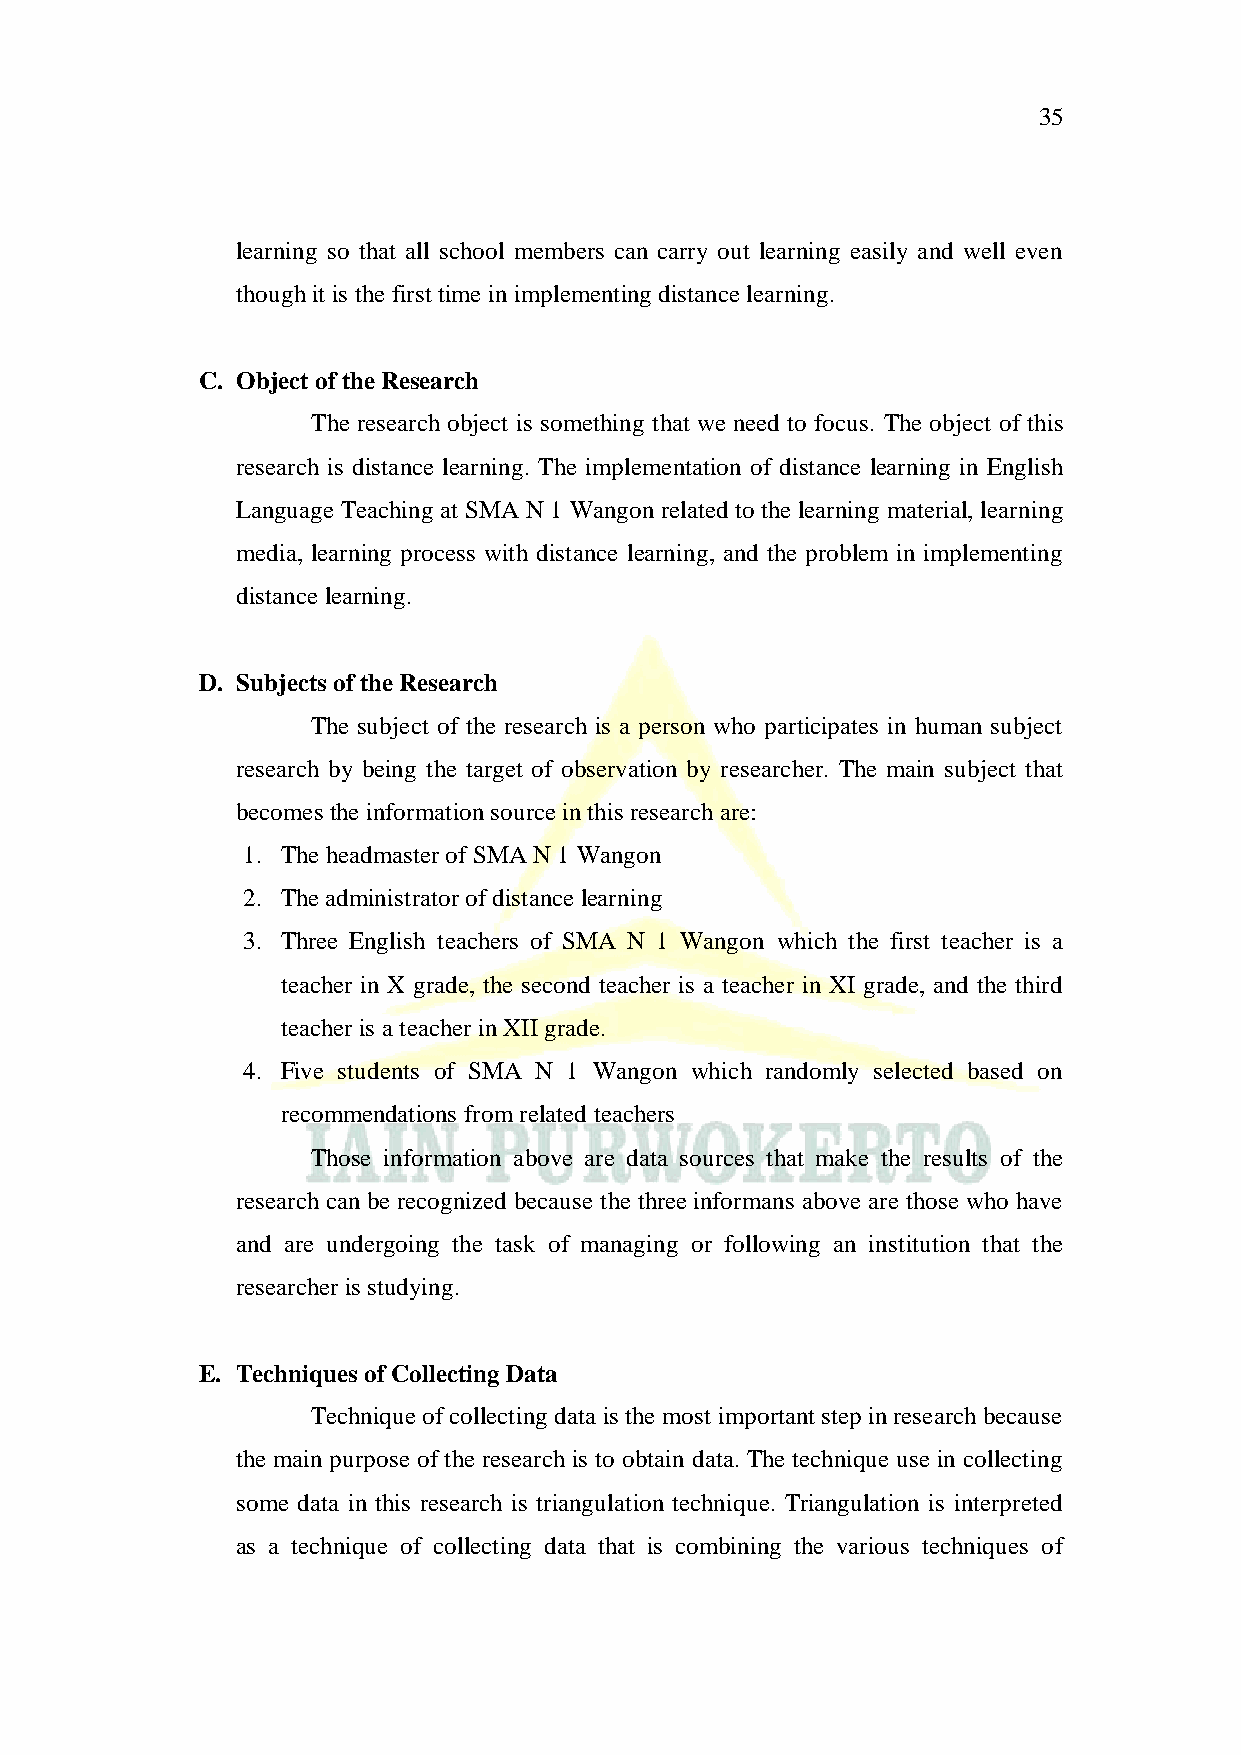
35
 learning so that all school members can carry out learning easily and well even
 though it is the first time in implementing distance learning.
 C. Object of the Research
 The research object is something that we need to focus. The object of this
 research is distance learning. The implementation of distance learning in English
 Language Teaching at SMA N 1 Wangon related to the learning material, learning
 media, learning process with distance learning, and the problem in implementing
 distance learning.
 D. Subjects of the Research
 The subject of the research is a person who participates in human subject
 research by being the target of observation by researcher. The main subject that
 becomes the information source in this research are:
 1. The headmaster of SMA N 1 Wangon
 2. The administrator of distance learning
 3. Three English teachers of SMA N 1 Wangon which the first teacher is a
 teacher in X grade, the second teacher is a teacher in XI grade, and the third
 teacher is a teacher in XII grade.
 4. Five students of SMA N 1 Wangon which randomly selected based on
 recommendations from related teachers
 Those information above are data sources that make the results of the
 research can be recognized because the three informans above are those who have
 and are undergoing the task of managing or following an institution that the
 researcher is studying.
 E. Techniques of Collecting Data
 Technique of collecting data is the most important step in research because
 the main purpose of the research is to obtain data. The technique use in collecting
 some data in this research is triangulation technique. Triangulation is interpreted
 as a technique of collecting data that is combining the various techniques of